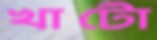
খাটো